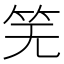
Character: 𫁲